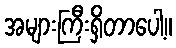
အများကြီးရှိတာပေါ့။